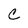
Character: C